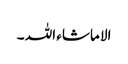
الا ماشاء اللہ ۔